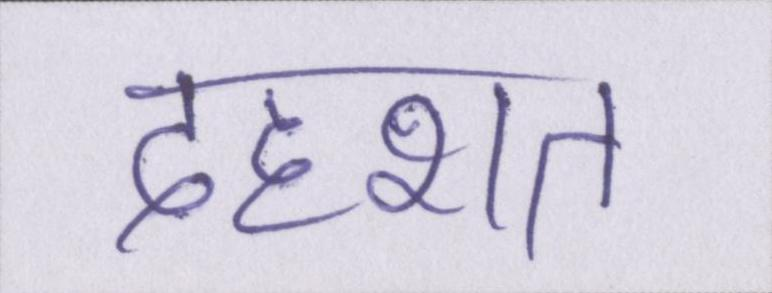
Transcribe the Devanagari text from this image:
दहशत